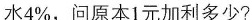
水4%，问原本1元加利多少？